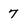
Character: 7